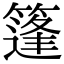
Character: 篷